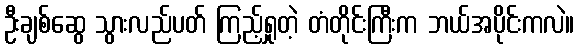
ဦးချစ်ဆွေ သွားလည်ပတ် ကြည့်ရှုတဲ့ တံတိုင်းကြီးက ဘယ်အပိုင်းကလဲ။